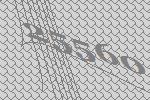
25560